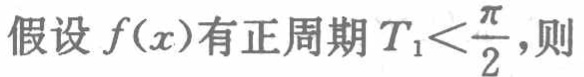
假设 \(f(x)\)有正周期 \(T_{1}<\frac{\pi}{2}\)，则